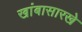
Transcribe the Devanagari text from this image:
खांबासारखे